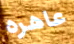
عاهره